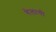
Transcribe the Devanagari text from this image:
गेलाथी